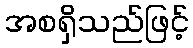
အစရှိသည်ဖြင့်